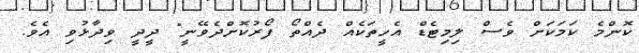
ކޮންމެ ކަމަކަށް ވެސް ލިމިޓެޑް އެހީތަކެއް ދެއްތޯ ފޯރުކޮށްދެވޭނީ" ދީދީ ވިދާޅުވި އެވެ.